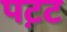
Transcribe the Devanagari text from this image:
पट़ट